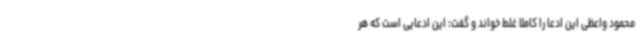
محمود واعظی این ادعا را کاملا غلط خواند و گفت: این ادعایی است که هر